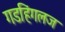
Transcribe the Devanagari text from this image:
गडहिंगलज